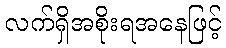
လက်ရှိအစိုးရအနေဖြင့်